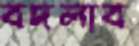
বদলাব